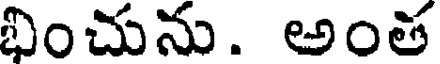
భించును. అంత